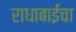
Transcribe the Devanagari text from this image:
राधाबाईंचा